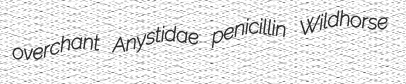
overchant Anystidae penicillin Wildhorse